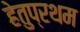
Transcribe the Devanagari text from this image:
हेतुप्रथम